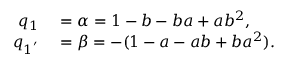
\begin{array} { r l } { q _ { 1 } } & { { } = \alpha = 1 - b - b a + a b ^ { 2 } , } \\ { q _ { 1 ^ { ' } } } & { { } = \beta = - ( 1 - a - a b + b a ^ { 2 } ) . } \end{array}